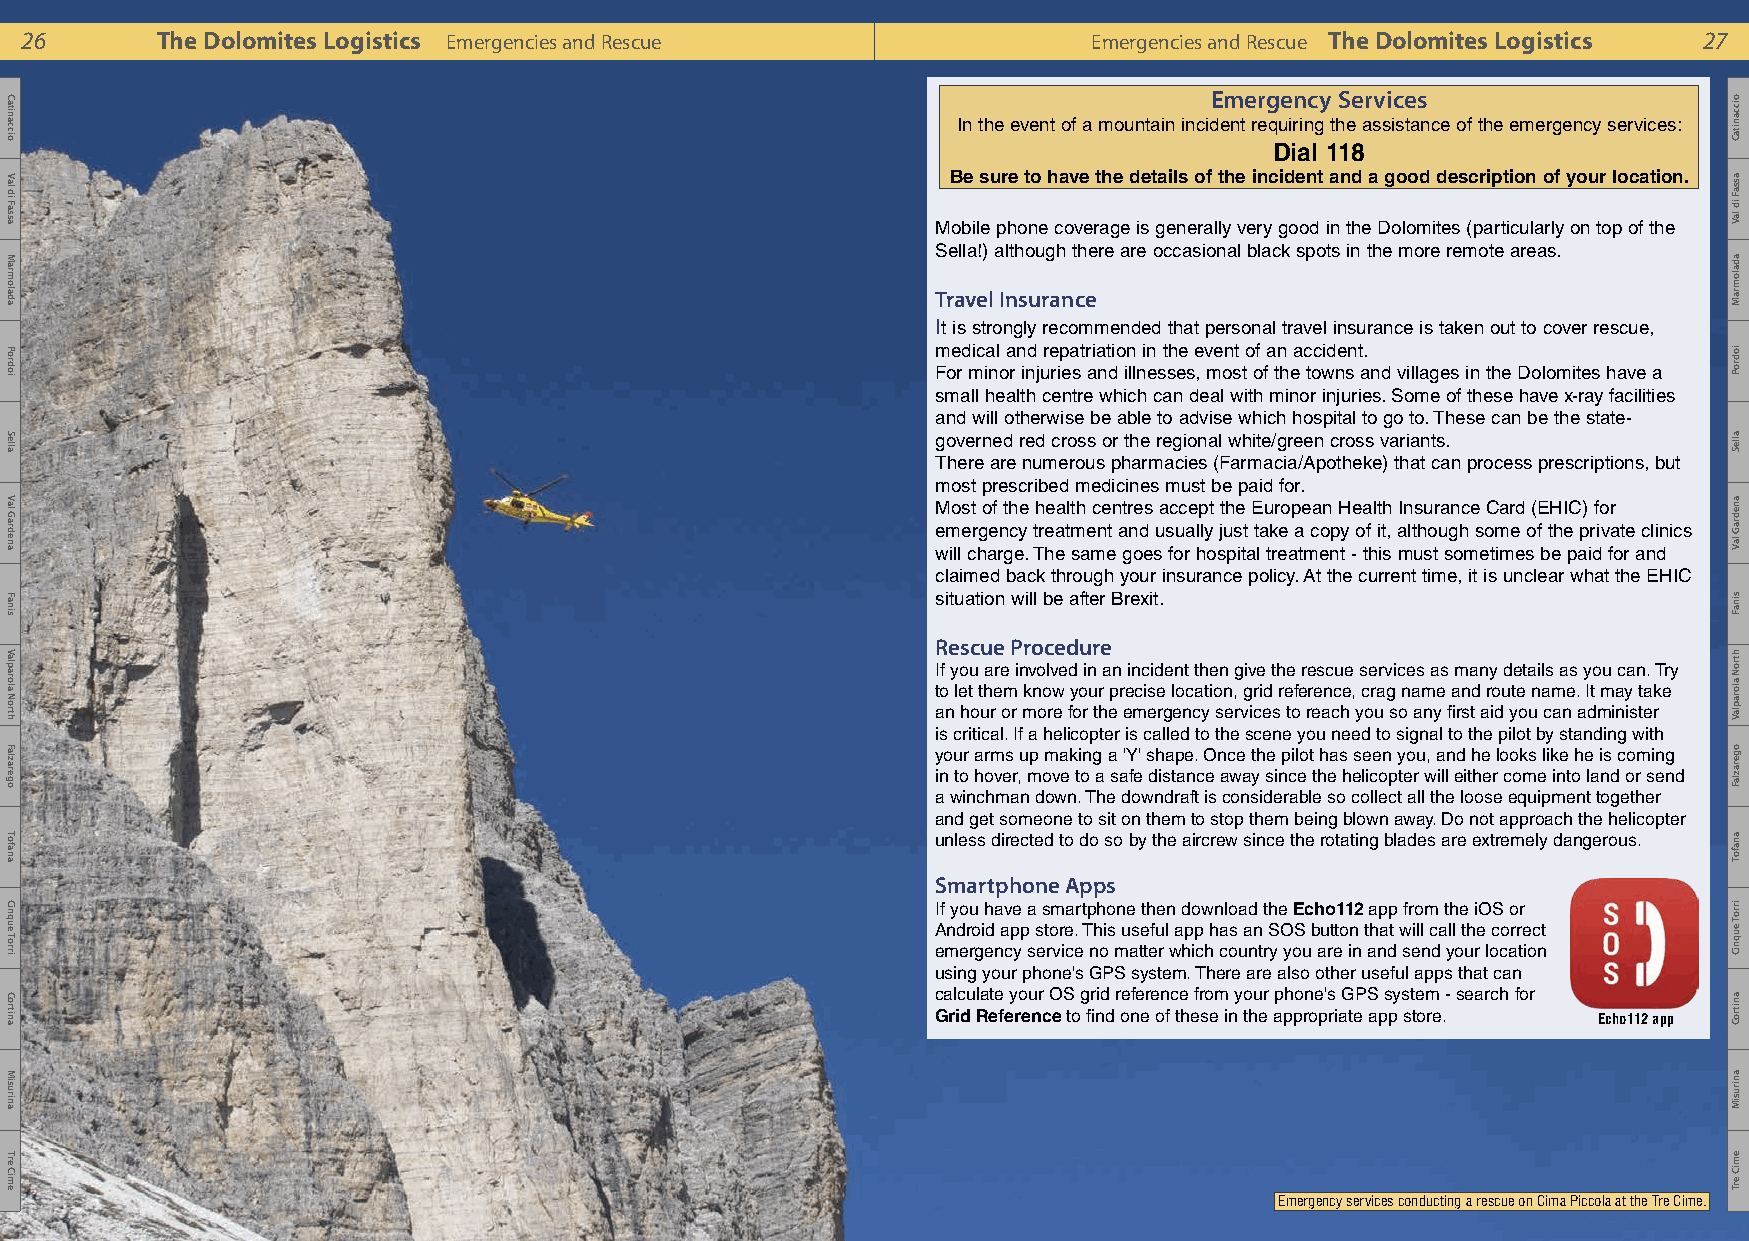
26       The Dolomites Logistics Emergencies and Rescue                Emergencies and Rescue The Dolomites Logistics 27
 Emergency Services
 In the event of a mountain incident requiring the assistance of the emergency services:
 Dial 118
 Be sure to have the details of the incident and a good description of your location.
 Mobile phone coverage is generally very good in the Dolomites (particularly on top of the
 Sella!) although there are occasional black spots in the more remote areas.
 Travel Insurance
 It is strongly recommended that personal travel insurance is taken out to cover rescue,
 medical and repatriation in the event of an accident.
 For minor injuries and illnesses, most of the towns and villages in the Dolomites have a
 small health centre which can deal with minor injuries. Some of these have x-ray facilities
 and will otherwise be able to advise which hospital to go to. These can be the state-
 governed red cross or the regional white/green cross variants.
 There are numerous pharmacies (Farmacia/Apotheke) that can process prescriptions, but
 most prescribed medicines must be paid for.
 Most of the health centres accept the European Health Insurance Card (EHIC) for
 emergency treatment and usually just take a copy of it, although some of the private clinics
 will charge. The same goes for hospital treatment - this must sometimes be paid for and
 claimed back through your insurance policy. At the current time, it is unclear what the EHIC
 situation will be after Brexit.
 Rescue Procedure
 If you are involved in an incident then give the rescue services as many details as you can. Try
 to let them know your precise location, grid reference, crag name and route name. It may take
 an hour or more for the emergency services to reach you so any first aid you can administer
 is critical. If a helicopter is called to the scene you need to signal to the pilot by standing with
 your arms up making a 'Y' shape. Once the pilot has seen you, and he looks like he is coming
 in to hover, move to a safe distance away since the helicopter will either come into land or send
 a winchman down. The downdraft is considerable so collect all the loose equipment together
 and get someone to sit on them to stop them being blown away. Do not approach the helicopter
 unless directed to do so by the aircrew since the rotating blades are extremely dangerous.
 Smartphone Apps
 If you have a smartphone then download the Echo112 app from the iOS or
 Android app store. This useful app has an SOS button that will call the correct
 emergency service no matter which country you are in and send your location
 using your phone's GPS system. There are also other useful apps that can
 calculate your OS grid reference from your phone's GPS system - search for
 Grid Reference to find one of these in the appropriate app store. Echo112 app
 Emergency services conducting a rescue on Cima Piccola at the Tre Cime.
 Catinaccio
 Val
 di
 Fassa
 Marmolada
 Pordoi
 Sella
 Val
 Gardena
 Fanis
 Valparola
 North
 Falzarego
 Tofana
 Cinque
 Torri
 Cortina
 Misurina
 Tre
 Cime
 oiccanitaC
 assaF
 id
 laV
 adalomraM
 iodroP
 alleS
 anedraG
 laV
 sinaF
 htroN
 aloraplaV
 ogerazlaF
 anafoT
 irroT
 euqniC
 anitroC
 anirusiM
 emiC
 erT